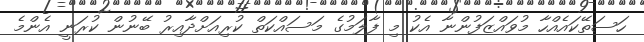
ހަސަތޭކައެއްހާ މުވައްޒަފުންނާ އެކު މި ފާލަމުގެ މަސައްކަތް ކުރިއަށްދާއިރު ބޭނުން ކުރަނީ އެންމެ